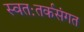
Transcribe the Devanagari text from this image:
स्वतःतर्कसंगत